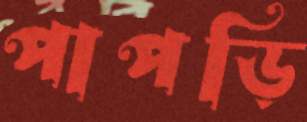
পাপড়ি